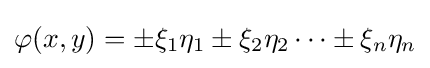
\varphi (x,y)=\pm \xi _{1}\eta _{1}\pm \xi _{2}\eta _{2}\cdots \pm \xi _{n}\eta _{n}